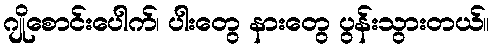
ဂျိုစောင်းပေါက်၊ ပါးတွေ နားတွေ ပွန်းသွားတယ်။